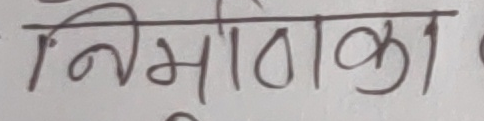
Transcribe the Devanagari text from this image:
निभोताका